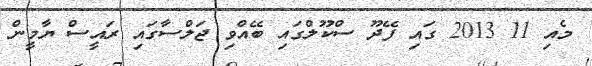
މެއި 11 2013 ގައި ފޭދޫ ސްކޫލްގައި ބޭއްވި ޖަލްސާގައި ރައީސް ޔާމީން